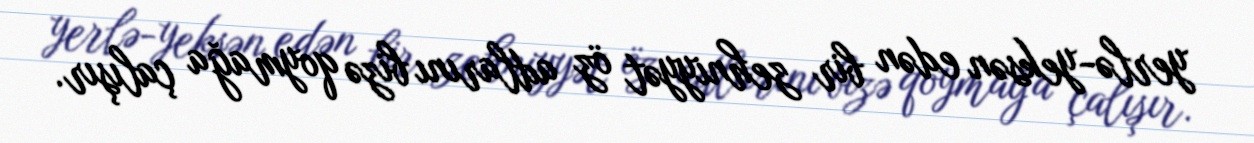
yerlə-yeksən edən bir zehniyyət öz adlarını bizə qoymağa çalışır.